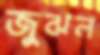
জুঝল